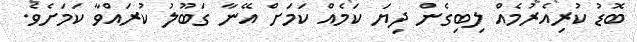
ބޮޑު ކުރިއެރުމެއް ލިބިގެން ދިޔަ ކަމެއް ކަމަށް އޭނާ ގަބޫލު ކުރައްވާ ކަމަށެވެ.